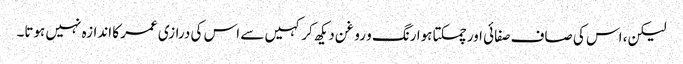
لیکن، اس کی صاف صفائی اور چمکتا ہوا رنگ و روغن دیکھ کر کہیں سے اس کی درازی عمر کا اندازہ نہیں ہوتا۔